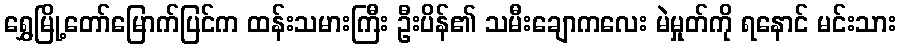
ရွှေမြို့တော်မြောက်ပြင်က ထန်းသမားကြီး ဦးပိန်၏ သမီးချောကလေး မဲမှုတ်ကို ရနောင် မင်းသား